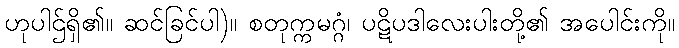
ဟုပါဌ်ရှိ၏။ ဆင်ခြင်ပါ)။ စတုက္ကမဂ္ဂံ၊ ပဋိပဒါလေးပါးတို့၏ အပေါင်းကို။